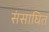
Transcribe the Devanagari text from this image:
संसाघित